65_HS1-834228961_62-HQ-83894_Section_4
Agency: FBI
Page 101
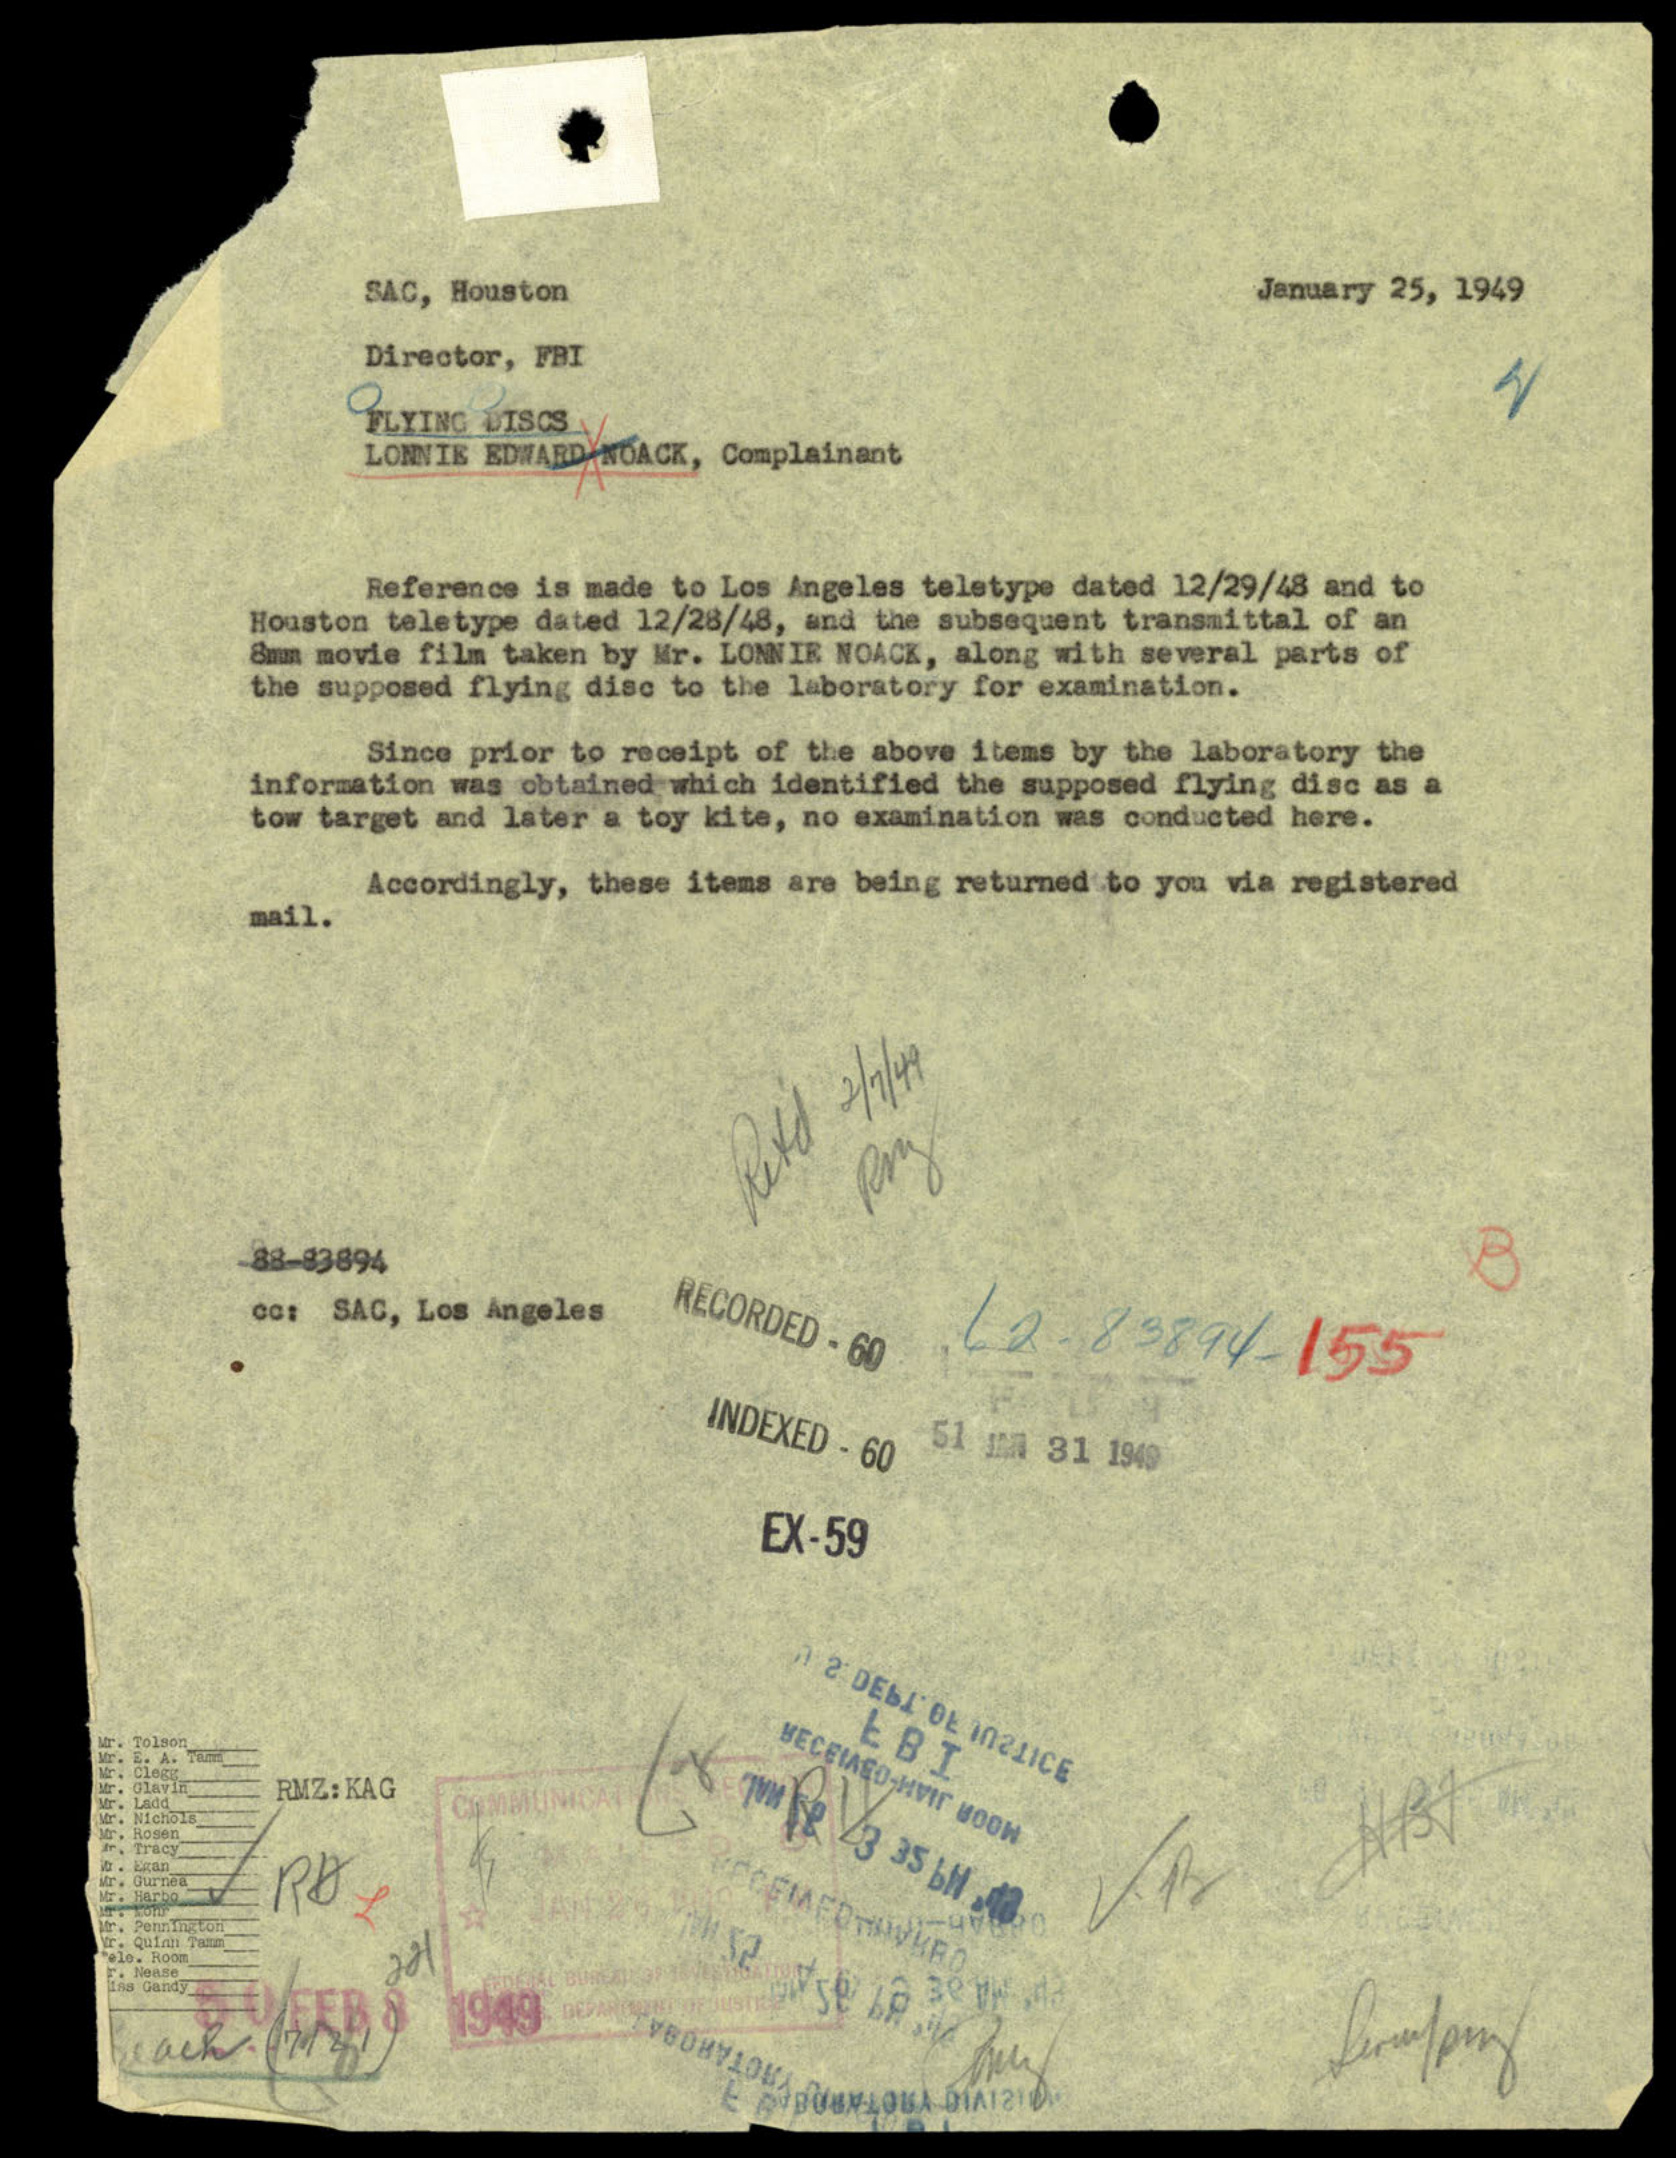